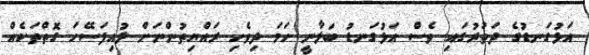
އަޅުގަނޑުގެ ދަތުރުގައި ވެސް އަޅުގަނޑު ބަލާނީ ހަމަ ދިވެހި ރައްޔިތުންނަށް ލުއިފަސޭހަ ގޮތްތަކެއް